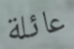
عائلة